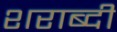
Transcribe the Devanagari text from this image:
शराब्दी